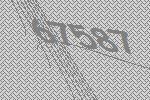
67587